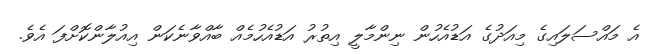
އެ މައްސަލައިގެ މިއަދުގެ އަޑުއެހުން ނިންމާލީ އިތުރު އަޑުއެހުމެއް ބާއްވާނެކަން އިއުލާންކޮށްފަ އެވެ.